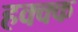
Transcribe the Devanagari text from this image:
हक्क्क